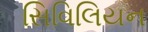
સિવિલિયન